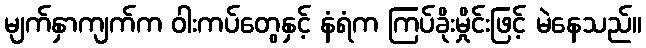
မျက်နှာကျက်က ဝါးကပ်တွေနှင့် နံရံက ကြပ်ခိုးမှိုင်းဖြင့် မဲနေသည်။